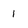
Character: 1